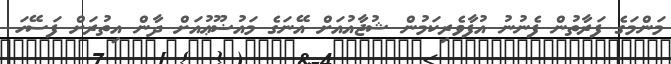
މަންމަގެ ފަރާތުން ފެނުނު އުފާވެރިކަމުން ޝުޖާއުއަށް އޭނަގެ މައުޟޫޢުއަށް ދާން އިތުރަށް ފަސޭހަ